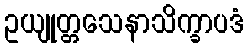
ဥယျုတ္တသေနာသိက္ခာပဒံ